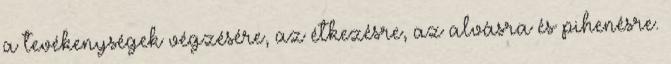
a tevékenységek végzésére, az étkezésre, az alvásra és pihenésre.